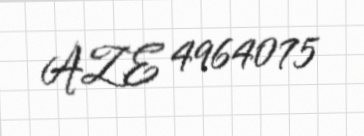
AZE 4964075